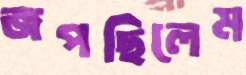
জপছিলেম